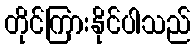
တိုင်ကြားနိုင်ပါသည်